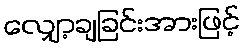
လျှော့ချခြင်းအားဖြင့်